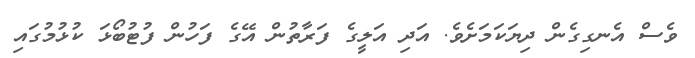
ވެސް އެނގިގެން ދިޔަކަމަށެވެ. އަދި އަލީގެ ފަރާތުން އޭގެ ފަހުން ފުޓުބޯޅަ ކުޅުމުގައި